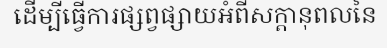
ដើម្បីធ្វើការផ្សព្វផ្សាយអំពីសក្តានុពលនៃ